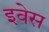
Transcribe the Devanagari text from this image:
इवेस